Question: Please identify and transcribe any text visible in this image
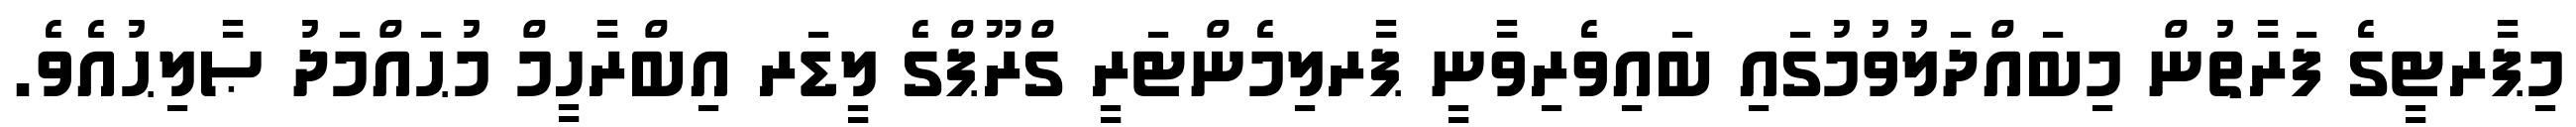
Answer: މިޕާރޓީގެ ފަރާތުން މިބައްދަލުވުމުގައި ބައިވެރިވާނީ ޕާރލިމެންޓަރީ ގްރޫޕްގެ ލީޑަރ އިބްރާހީމް މުޙައްމަދު ޞާލިޙުއެވެ.